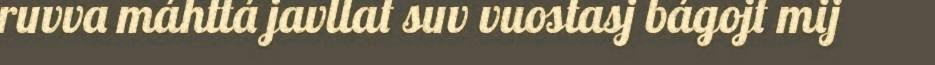
ruvva máhttá javllat suv vuostasj bágojt mij